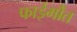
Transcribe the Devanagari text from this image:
फाईर्मौंत